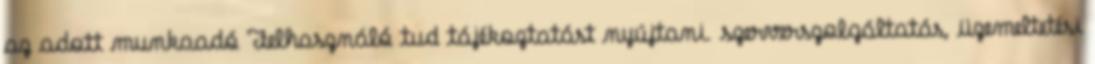
az adott munkaadó Felhasználó tud tájékoztatást nyújtani. szerverszolgáltatás, üzemeltetési